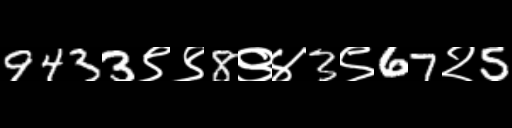
Text: 9433९९8९४3९67२5